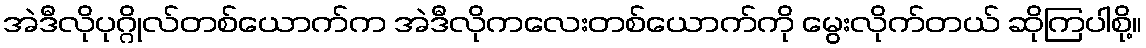
အဲဒီလိုပုဂ္ဂိုလ်တစ်ယောက်က အဲဒီလိုကလေးတစ်ယောက်ကို မွေးလိုက်တယ် ဆိုကြပါစို့။